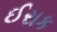
ઈરાક